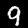
Label: 9